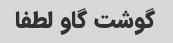
گوشت گاو لطفا